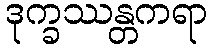
ဒုက္ခဿန္တကရာ